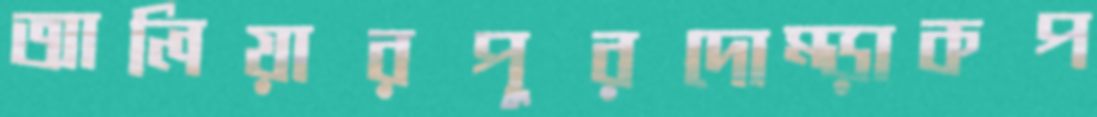
আলিয়ারপুরদোম্‌ড়াকপ